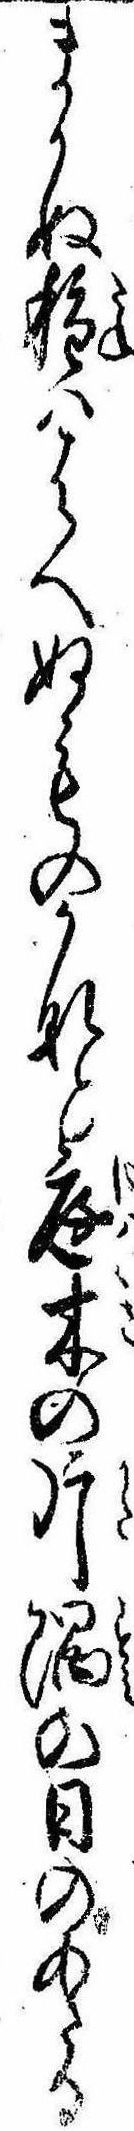
まかぬ種ははへぬものかなと庭木の片隅の日のあたる